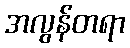
အလွန်တရာ